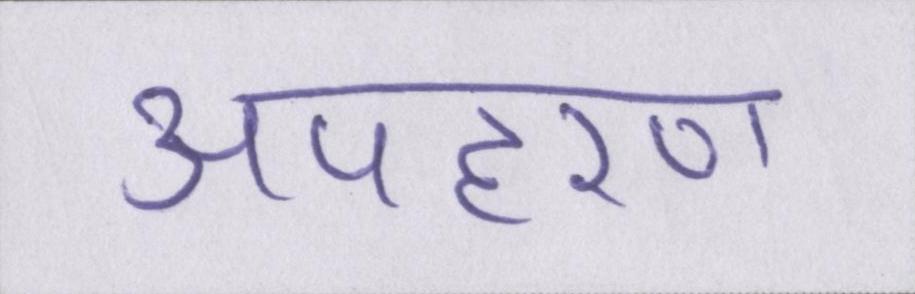
अपहरण